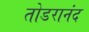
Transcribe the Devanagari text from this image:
तोडरानंद